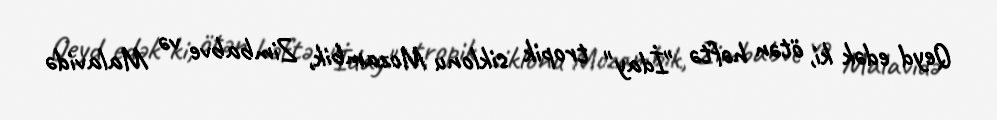
Qeyd edək ki, ötən həftə "İday" tropik siklonu Mozambik, Zimbabve və Malavidə